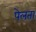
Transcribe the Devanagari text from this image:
पेलता